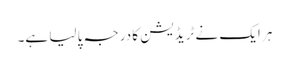
ہر ایک نے ٹریڈیشن کا درجہ پا لیا ہے۔